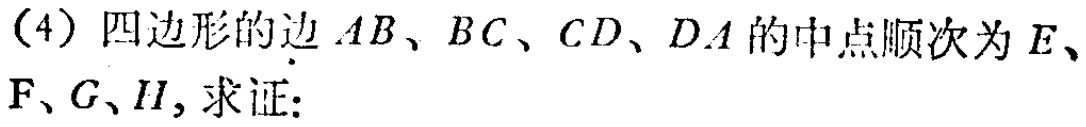
(4) 四边形的边 \(AB、BC、CD、DA\) 的中点顺次为 \(E、F、G、H\)，求证: